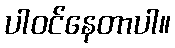
ပါဝင်နေတာပါ။